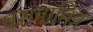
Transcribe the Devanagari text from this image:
परणामित्र